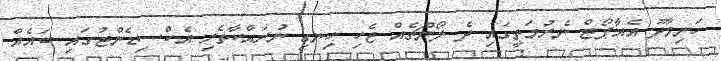
ހަނިމާދޫ އެއާޕޯޓް ނެރުމަތީގައި ދެ ލޯންޗެެއް ޖެހި ހިނގި ނުރައްކާތެރި އެކްސިޑެންޓުގައި ބައެއް